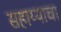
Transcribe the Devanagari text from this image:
सहाय्याचा